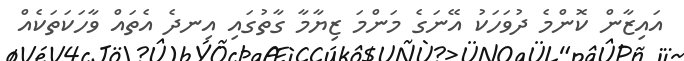
އައިޒާން ކޮންމެ ދުވަހަކު އޭނަގެ މަންމަ ޒިޔާމާ ގާތުގައި އިނދެ އެތައް ވާހަކަތަކެއް